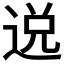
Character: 𨓚